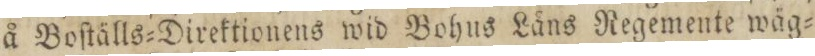
å Boſtälls=Direktionens wid Bohus Låns Regemente wäg=